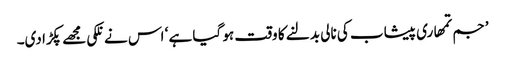
’جم تمھاری پیشاب کی نالی بدلنے کا وقت ہو گیا ہے ‘ اس نے نلکی مجھے پکڑا دی۔